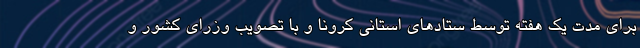
برای مدت یک هفته توسط ستادهای استانی کرونا و با تصویب وزرای کشور و